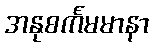
အနုစင်္ကမမာနာ